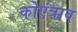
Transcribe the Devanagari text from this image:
कोएंत्राव